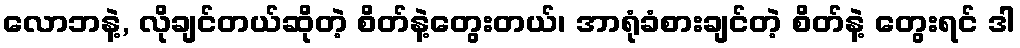
လောဘနဲ့, လိုချင်တယ်ဆိုတဲ့ စိတ်နဲ့တွေးတယ်၊ အာရုံခံစားချင်တဲ့ စိတ်နဲ့ တွေးရင် ဒါ